Lunatic asylums in Bengal annual reports 1912-1924 - 1912-1924
Year: 1912
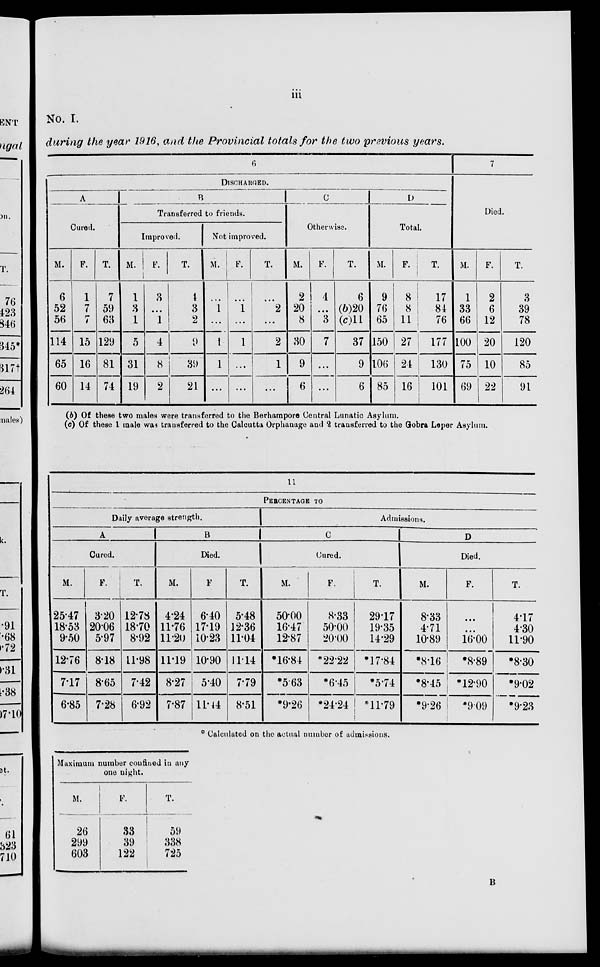
iii
No. I.
during the year 1916, and the Provincial totals for the two previous years.
DISCHARGED.
A
Cured.
M.
6
52
56
114
65
60
F.
1
7
7
15
16
14
T.
7
59
63
129
81
74
B
Transferred to friends.
Improved.
M.
1
3
1
5
31
19
F.
3
...
1
4
8
2
T.
4
3
2
9
39
21
Not improved.
M.
...
1
...
1
1
...
F.
...
1
...
1
...
...
T.
...
2
...
2
1
...
C
Otherwise.
M.
2
20
8
30
9
6
F.
4
...
3
7
...
...
T.
6
(b)20
(c)11
37
9
6
D
Total.
M.
9
76
65
150
106
85
F.
8
8
11
27
24
16
T.
17
84
76
177
130
101
7
Died.
M.
1
33
66
100
75
69
F.
2
6
12
20
10
22
T.
3
39
78
120
85
91
(b) Of these two males were transferred to the Berhampore Central Lunatic Asylum.
(c) Of these 1 male was transferred to the Calcutta Orphanage and 2 transferred to the Gobra Leper Asylum.
11
PERCENTAGE TO
Daily average strength.
A
Cured.
M.
25.47
18.53
9.50
12.76
7.17
6.85
F.
3.20
20.06
5.97
8.18
8.65
7.28
T.
12.78
18.70
8.92
11.98
7.42
6.92
B
Died.
M.
4.24
11.76
11.20
11.19
8.27
7.87
F.
6.40
17.19
10.23
10.90
5.40
11.44
T.
5.48
12.36
11.04
11.14
7.79
8.51
Admissions.
C
Cured.
M.
50.00
16.47
12.87
*16.84
*5.63
*9.26
F.
8.33
50.00
20.00
*22.22
*6.45
*24.24
T.
29.17
19.35
14.29
*17.84
*5.74
*11.79
D
Died.
M.
8.33
4.71
10.89
*8.16
*8.45
*9.26
F.
...
...
16.00
*8.89
*12.90
*9.09
T.
4.17
4.30
11.90
*8.30
*9.02
*9.23
* Calculated on the actual number of admissions.
Maximum number confined in any
one night.
M.
26
299
603
F.
33
39
122
T.
59
338
725
B